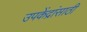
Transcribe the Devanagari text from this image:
उपकेंद्रांसाठी